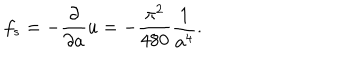
f _ { s } = - { \frac { \partial } { \partial a } } u = - { \frac { \pi ^ { 2 } } { 4 8 0 } } { \frac { 1 } { a ^ { 4 } } } .